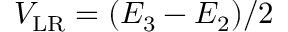
V _ { \mathrm { L R } } = ( E _ { 3 } - E _ { 2 } ) / 2